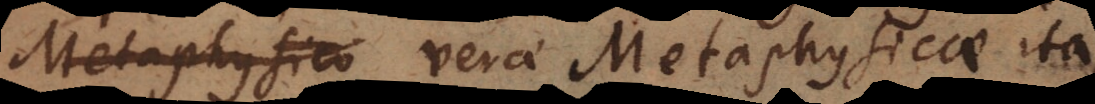
Metaphysico verae Metaphysicae ita